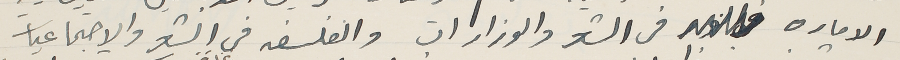
الاماره فى الشعر والوزارات والفلسفه فى الشعر والاجتماعيات